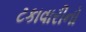
ટકાવારીનો